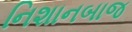
નિશાનબાજ